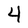
Character: 4